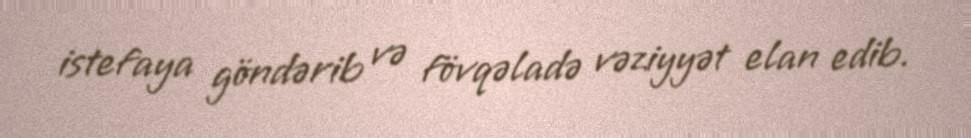
istefaya göndərib və fövqəladə vəziyyət elan edib.